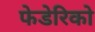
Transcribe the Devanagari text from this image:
फेडेरिको